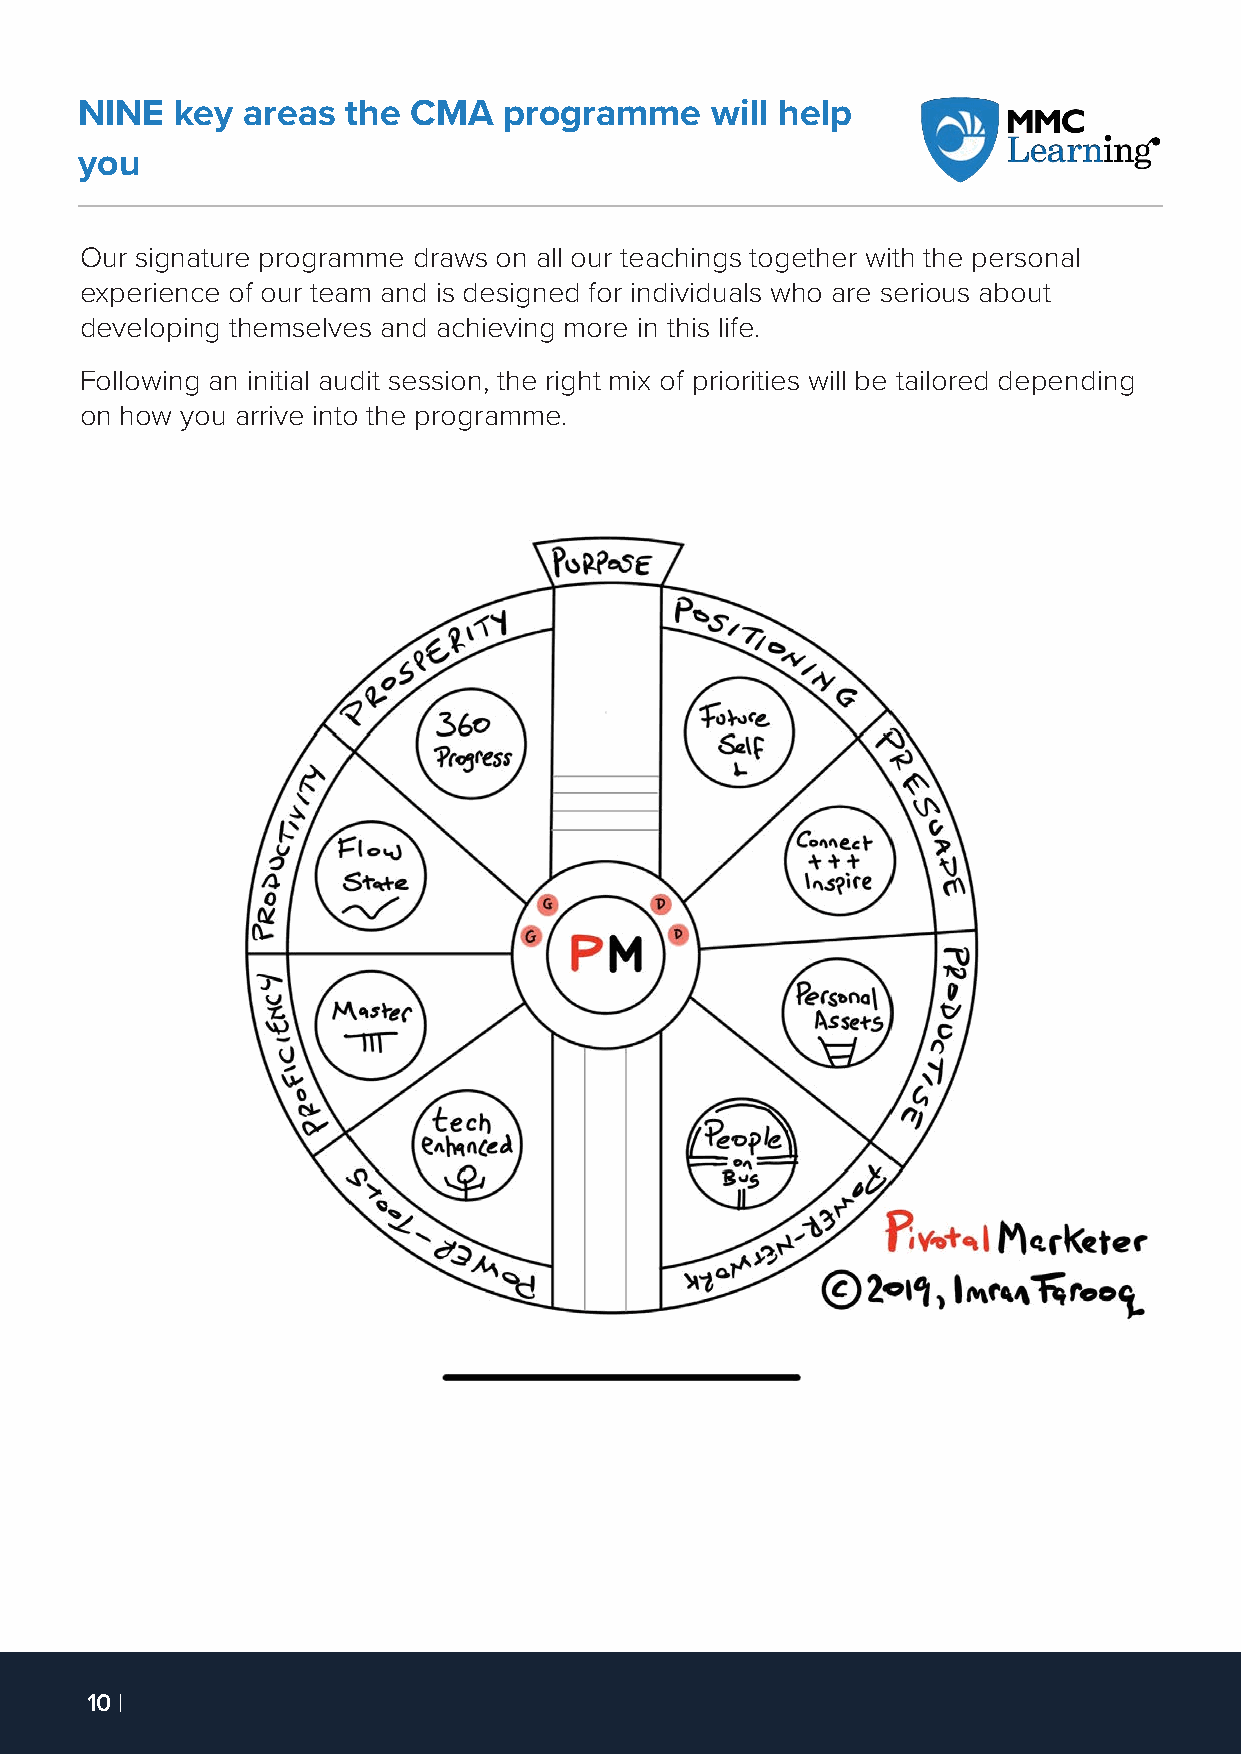
NINE   key areas  the CMA   programme     will help
 you
 Our signature programme draws on all our teachings together with the personal
 experience of our team and is designed for individuals who are serious about
 developing themselves and achieving more in this life.
 Following an initial audit session, the right mix of priorities will be tailored depending
 on how you arrive into the programme.
 10 |